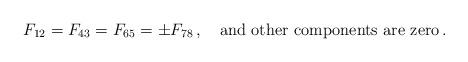
LaTeX: \begin{align*}F_{12}=F_{43}=F_{65}=\pm F_{78}\,,\quad \textrm{and other components are zero} \,.\end{align*}